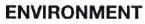
ENVIRONMENT